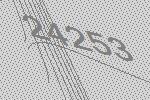
24253